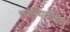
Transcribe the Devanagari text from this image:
धर्मीयांपेक्षा